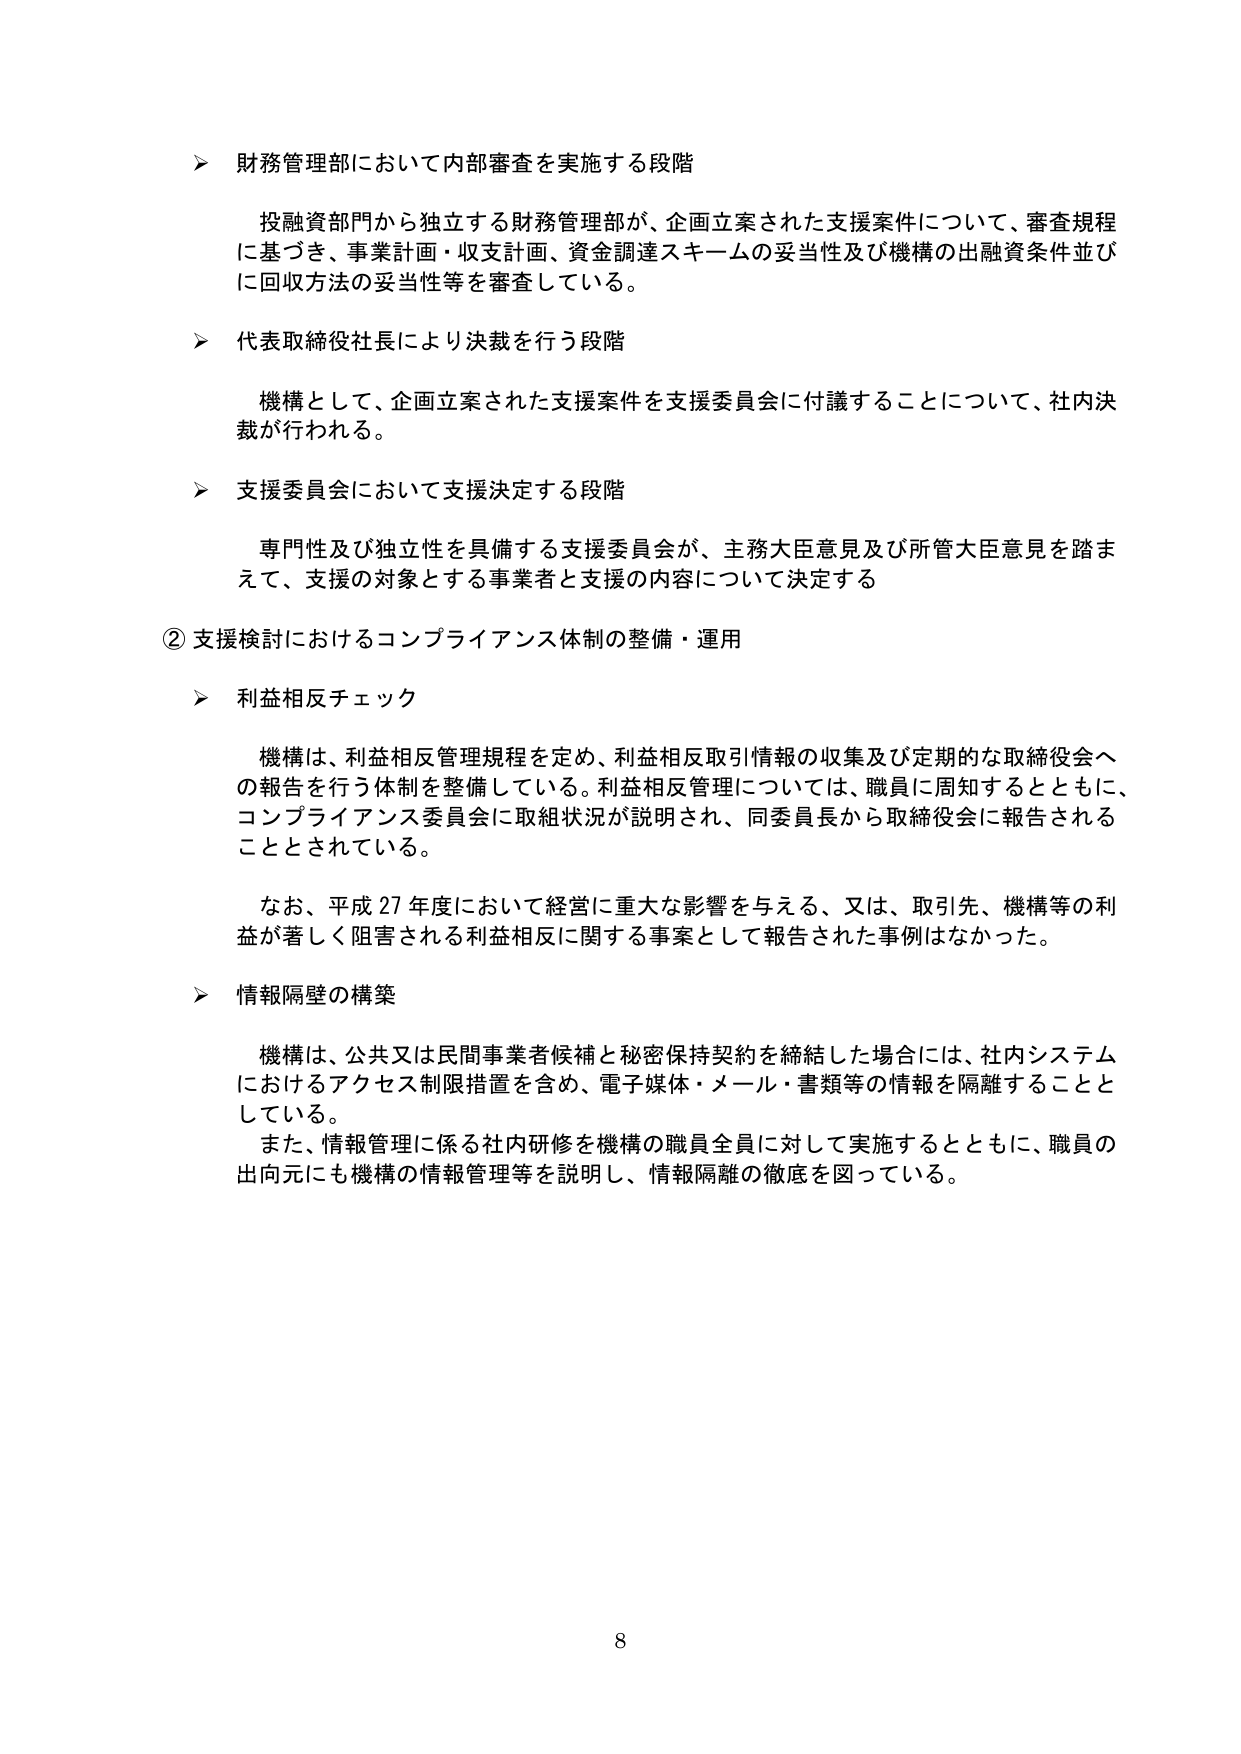
➤ 財務管理部において内部審査を実施する段階

　投融資部門から独立する財務管理部が、企画立案された支援案件について、審査規程に基づき、事業計画・収支計画、資金調達スキームの妥当性及び機構の出融資条件並びに回収方法の妥当性等を審査している。

➤ 代表取締役社長により決裁を行う段階

　機構として、企画立案された支援案件を支援委員会に付議することについて、社内決裁が行われる。

➤ 支援委員会において支援決定する段階

　専門性及び独立性を具備する支援委員会が、主務大臣意見及び所管大臣意見を踏まえて、支援の対象とする事業者と支援の内容について決定する

② 支援検討におけるコンプライアンス体制の整備・運用

➤ 利益相反チェック

　機構は、利益相反管理規程を定め、利益相反取引情報の収集及び定期的な取締役会への報告を行う体制を整備している。利益相反管理については、職員に周知するとともに、コンプライアンス委員会に取組状況が説明され、同委員長から取締役会に報告されることとされている。

　なお、平成27年度において経営に重大な影響を与える、又は、取引先、機構等の利益が著しく阻害される利益相反に関する事案として報告された事例はなかった。

➤ 情報隔壁の構築

　機構は、公共又は民間事業者候補と秘密保持契約を締結した場合には、社内システムにおけるアクセス制限措置を含め、電子媒体・メール・書類等の情報を隔離することとしている。

　また、情報管理に係る社内研修を機構の職員全員に対して実施するとともに、職員の出向元にも機構の情報管理等を説明し、情報隔離の徹底を図っている。

8